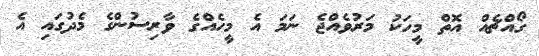
ގޯއްޗެއް އޮތް މީހަކު މަރުވެއްޖެ ނަމަ އެ މީހެއްގެ ވާރިސުންގެ މެދުގައި އެ